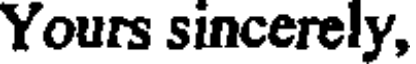
Yours sincerely,